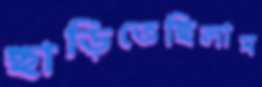
ছাড়িতেছিলাম